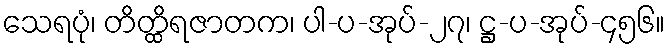
သေရပုံ၊ တိတ္ထိရဇာတက၊ ပါ-ပ-အုပ်-၂၇၊ ဋ္ဌ-ပ-အုပ်-၄၅၆။